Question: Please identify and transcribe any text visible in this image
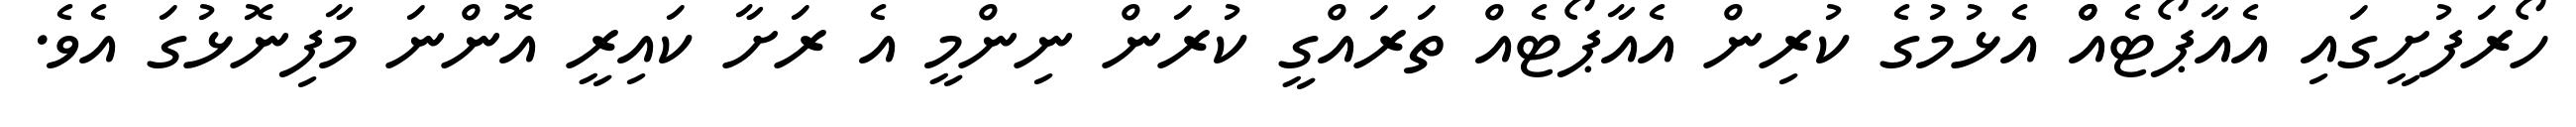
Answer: ހޯރަފުށީގައި އެއާޕޯޓެއްް އެޅުމުގެ ކުރިން އެއާޕޯޓެއް ތަރައްގީ ކުރަން ނިންމީ އެ ރަށާ ކައިރީ އޮންނަ މާފިނޮޅުގަ އެވެ.